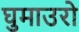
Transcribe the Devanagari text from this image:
घुमाउरो